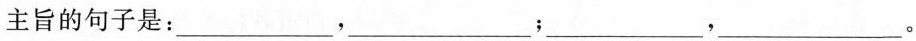
主旨的句子是：___。___；___，___。